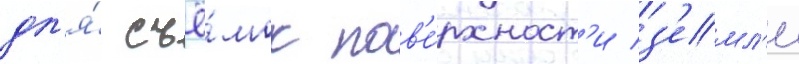
дл'я́ съё́мок пов'е́рхност'и з'емл'и